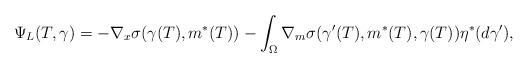
LaTeX: \begin{align*} \Psi_L(T,\gamma)=-\nabla_x\sigma(\gamma(T),m^*(T))- \int_\Omega\nabla_m\sigma(\gamma'(T),m^*(T),\gamma(T))\eta^*(d\gamma'),\end{align*}